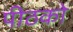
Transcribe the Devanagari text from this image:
पीठको